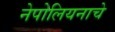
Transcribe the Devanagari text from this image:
नेपोलियनाचे